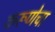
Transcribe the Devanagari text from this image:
करूणेचा